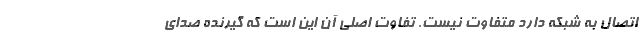
اتصال به شبکه دارد متفاوت نیست. تفاوت اصلی آن این است که گیرنده صدای